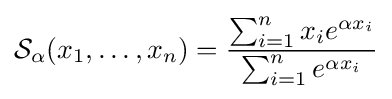
{\mathcal {S}}_{\alpha }(x_{1},\ldots ,x_{n})={\frac {\sum _{i=1}^{n}x_{i}e^{\alpha x_{i}}}{\sum _{i=1}^{n}e^{\alpha x_{i}}}}